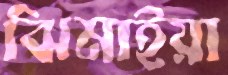
ঝিমাইয়া